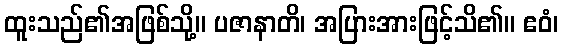
ထူးသည်၏အဖြစ်သို့။ ပဇာနာတိ၊ အပြားအားဖြင့်သိ၏။ ဧဝံ၊